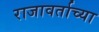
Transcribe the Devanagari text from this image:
राजावर्ताच्या